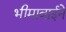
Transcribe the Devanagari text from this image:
भीमाबाईने